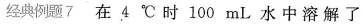
经典例题7 在4℃时100mL水中溶解了